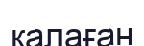
қалаған